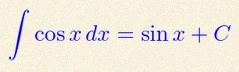
\int \cos x\,dx=\sin x+C